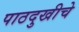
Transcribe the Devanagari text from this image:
पाठदुखीचे